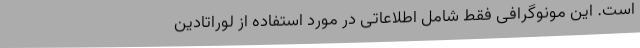
است. این مونوگرافی فقط شامل اطلاعاتی در مورد استفاده از لوراتادین